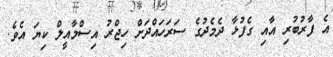
އެ ފާރުބުރި އާއި ގެފުޅާ ދެމެދުގެ ސަރަހައްދަށް ހިޖްރު އިސްމާއީލް ކިޔަ އެވެ.